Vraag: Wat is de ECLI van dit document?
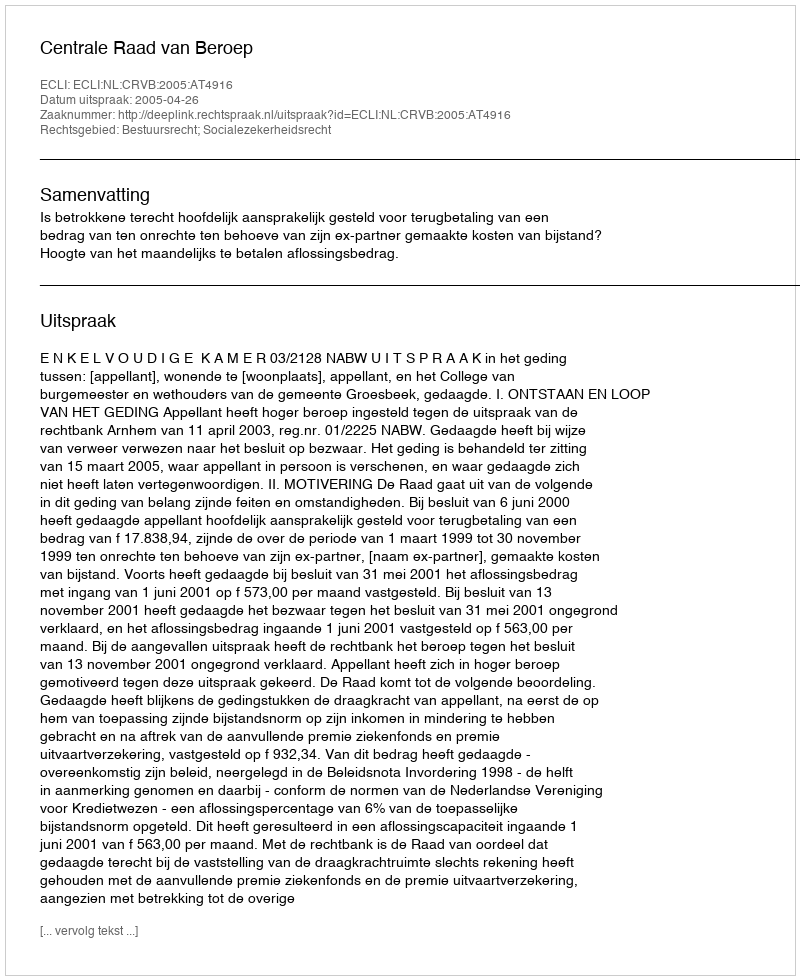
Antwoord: ECLI:NL:CRVB:2005:AT4916